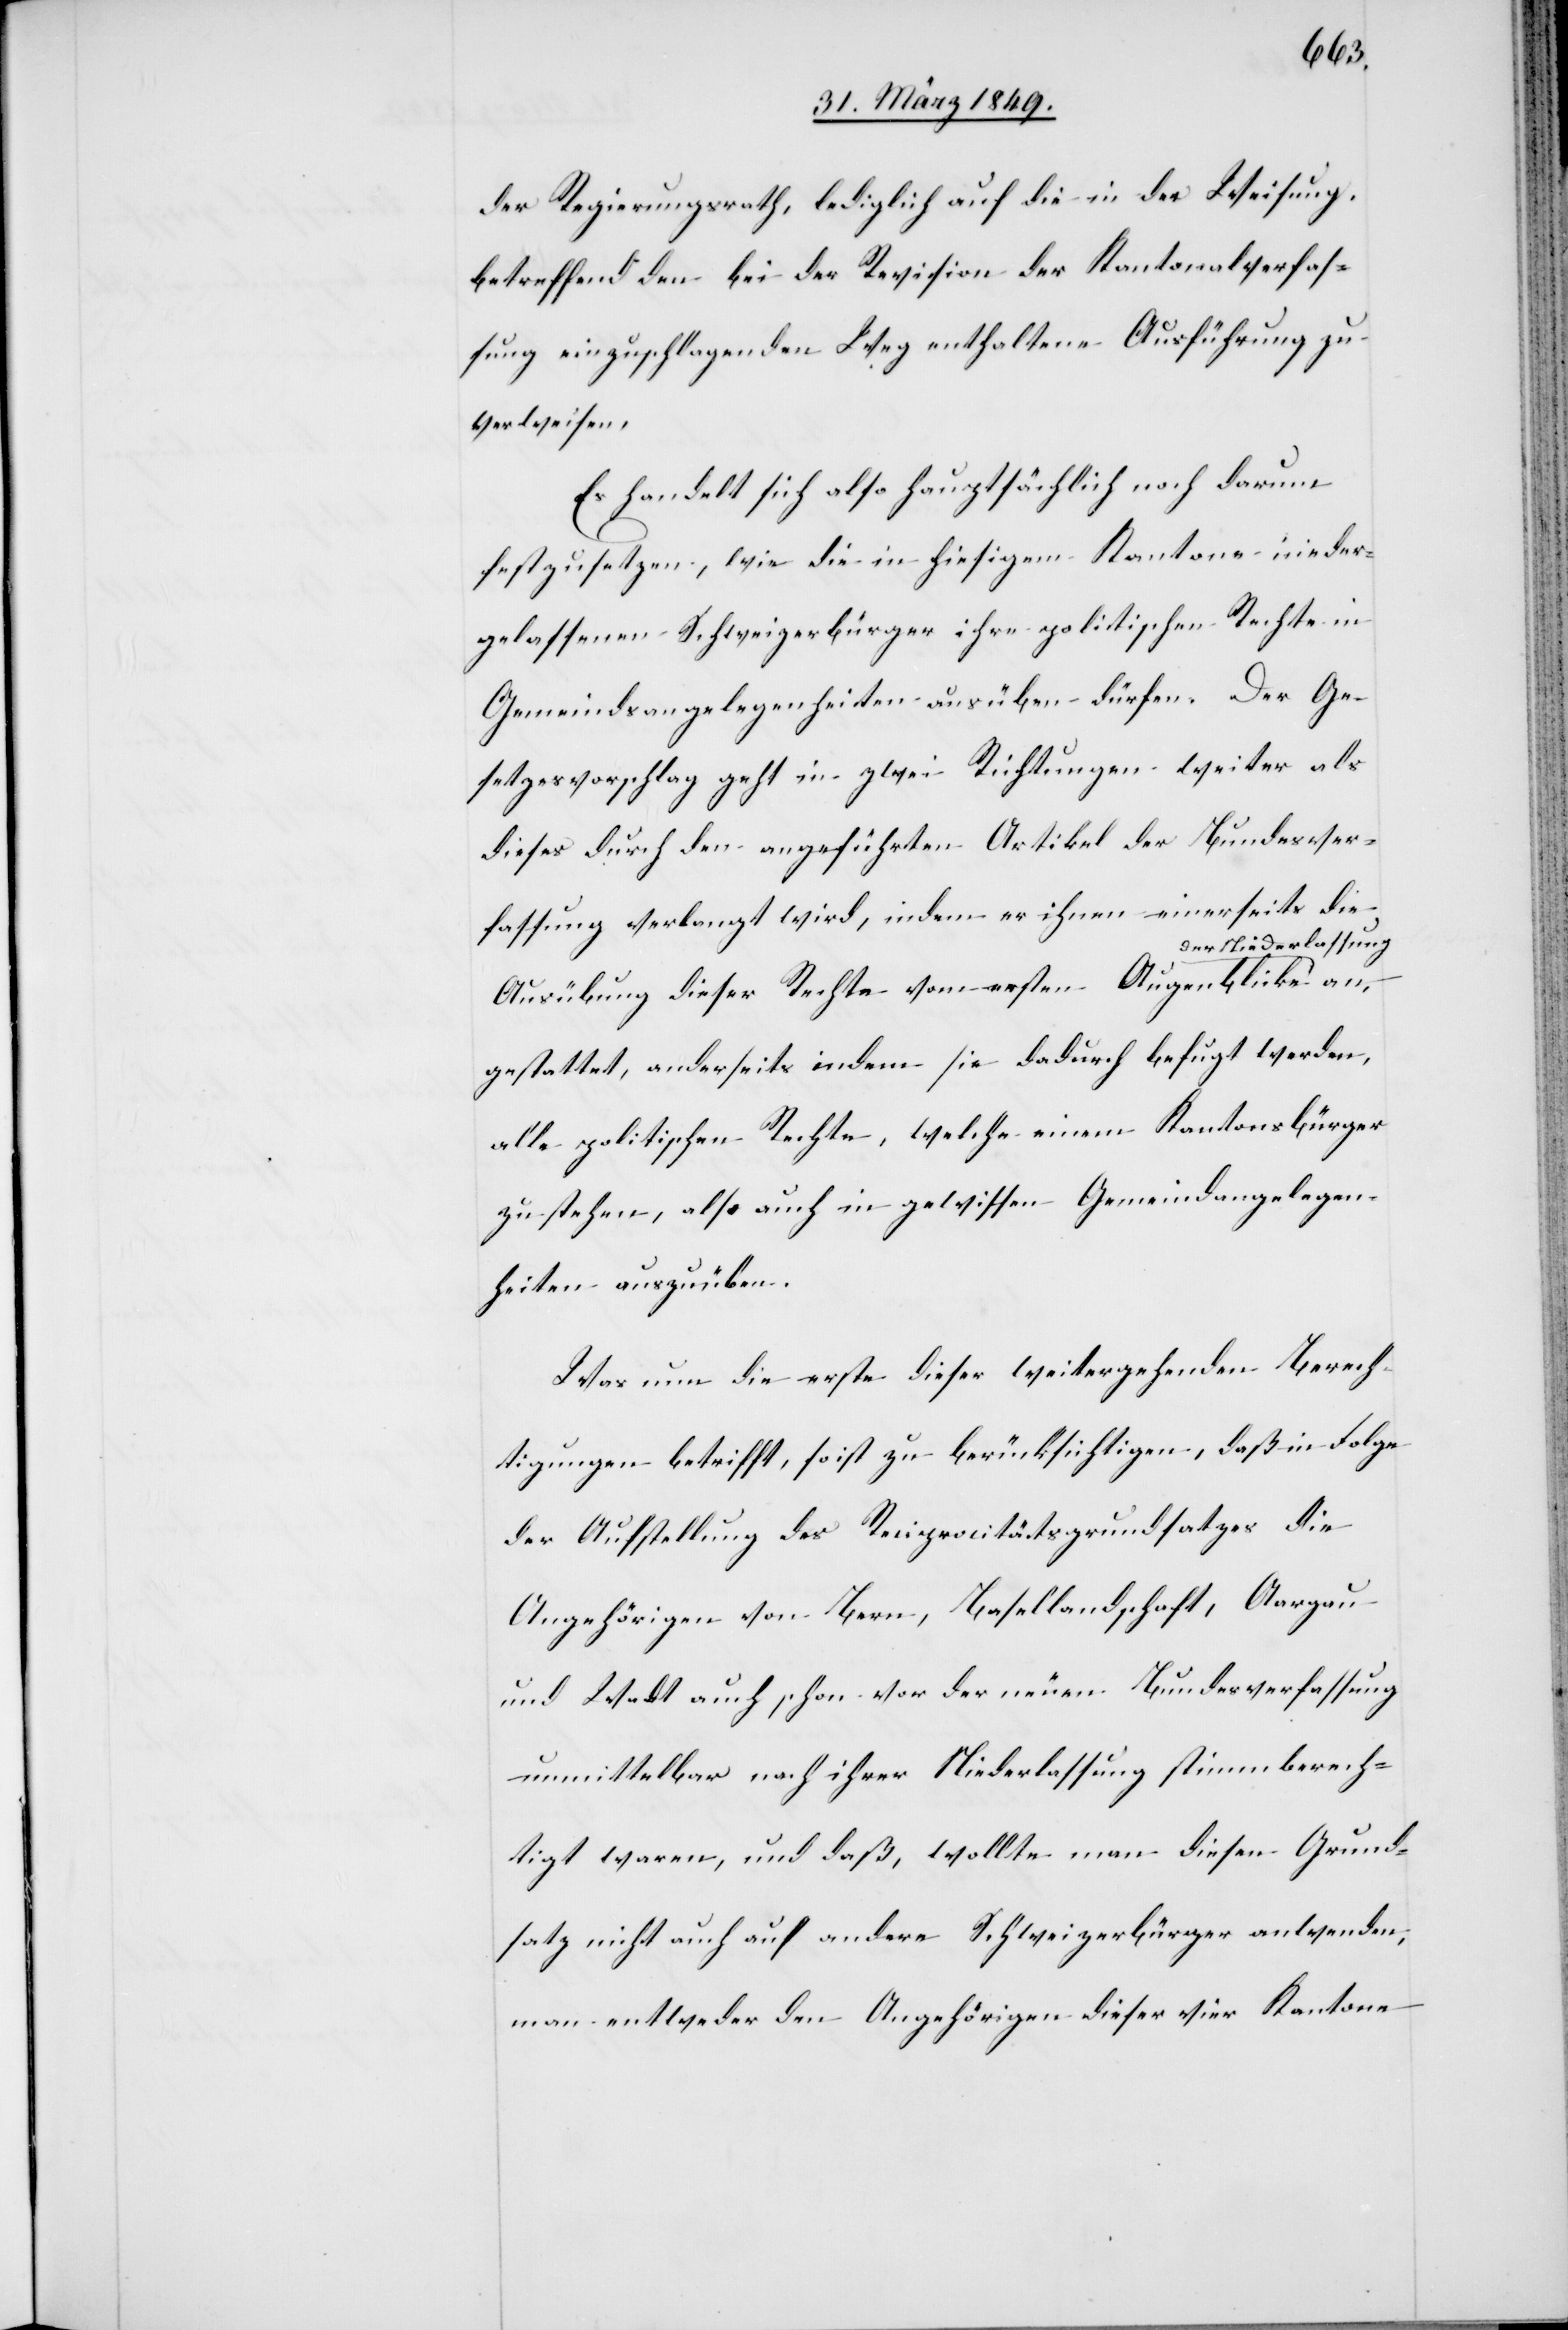
der Regierungsrath, lediglich auf die in der Weisung,
betreffend den bei der Revision der Kantonalverfas¬
sung einzuschlagenden Weg enthaltene Ausführung zu
verweisen.
Es handelt sich also hauptsächlich noch darum
festzusetzen, wie die in hiesigem Kantone nieder¬
gelassenen Schweizerbürger ihre politischen Rechte in
Gemeindsangelegenheiten ausüben dürfen. Der Ge¬
setzesvorschlag geht in zwei Richtungen weiter als
dieses durch den angeführten Artikel der Bundesver¬
fassung verlangt wird, indem er ihnen einerseits die
er Niederlassung
Ausübung deser Rechte vom ersten Augenblicke d¬
gestattet, anderseits indem sie dadurch befugt werden,
alle politischen Rechte, welche einem Kantonsbürger
zustehen, also auch in gewissen Gemeindangelegen¬
heiten auszuüben.
Was nun die erste dieser weitergehenden Berech¬
tigungen betrifft, so ist zu berücksichtigen, daß in Folge
der Aufstellung des Reciprocitätsgrundsatzes die
Angehörigen von Bern, Basellandschaft, Aargau
und Wadt auch schon vor der neuen Bundesverfassung
unmittelbar nach ihrer Niederlassung stimmberech¬
tigt waren, und daß, wollte man diesen Grund¬
satz nicht auch auf andere Schweizerbürger anwenden,
man entweder den Angehörigen dieser vier Kantone